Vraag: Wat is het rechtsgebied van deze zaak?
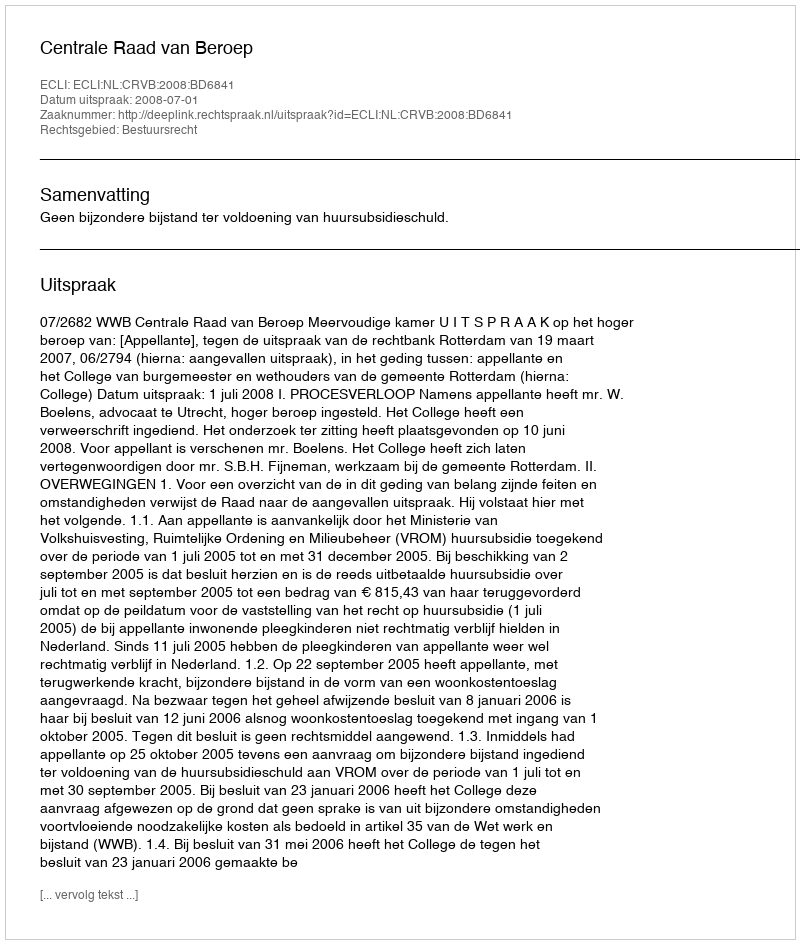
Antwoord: Bestuursrecht